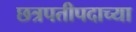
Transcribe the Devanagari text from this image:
छत्रपतीपदाच्या